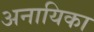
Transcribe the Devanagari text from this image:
अनायिका